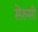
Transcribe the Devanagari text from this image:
सॆरुसी